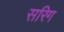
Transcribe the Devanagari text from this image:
सरिग